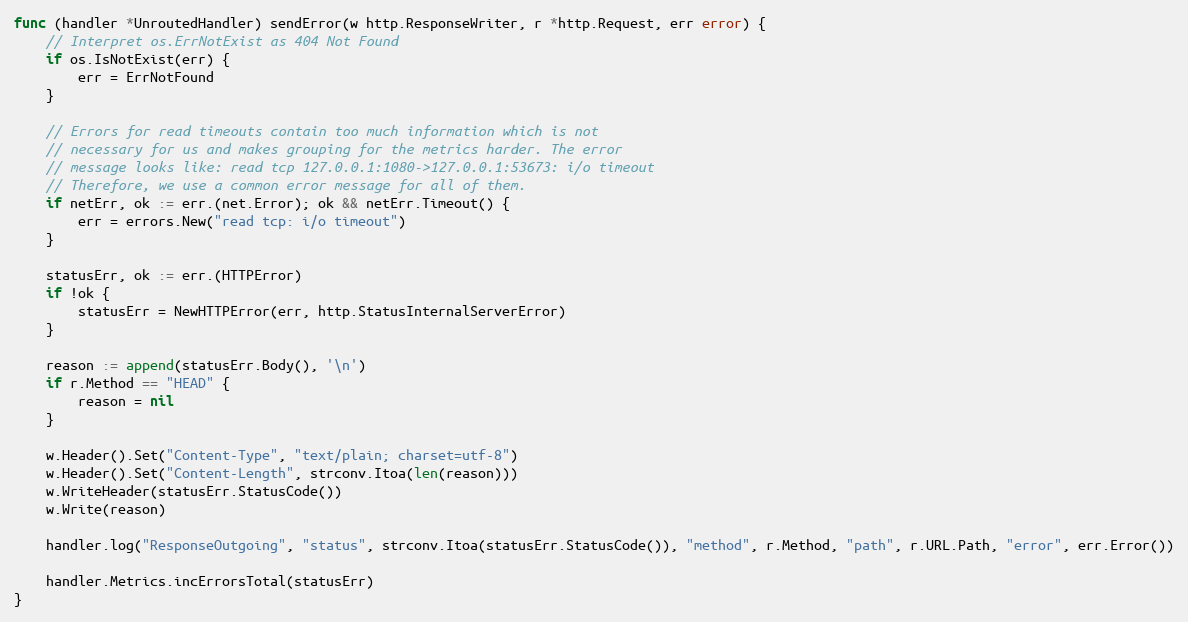
Language: Go
func (handler *UnroutedHandler) sendError(w http.ResponseWriter, r *http.Request, err error) {
	// Interpret os.ErrNotExist as 404 Not Found
	if os.IsNotExist(err) {
		err = ErrNotFound
	}

	// Errors for read timeouts contain too much information which is not
	// necessary for us and makes grouping for the metrics harder. The error
	// message looks like: read tcp 127.0.0.1:1080->127.0.0.1:53673: i/o timeout
	// Therefore, we use a common error message for all of them.
	if netErr, ok := err.(net.Error); ok && netErr.Timeout() {
		err = errors.New("read tcp: i/o timeout")
	}

	statusErr, ok := err.(HTTPError)
	if !ok {
		statusErr = NewHTTPError(err, http.StatusInternalServerError)
	}

	reason := append(statusErr.Body(), '\n')
	if r.Method == "HEAD" {
		reason = nil
	}

	w.Header().Set("Content-Type", "text/plain; charset=utf-8")
	w.Header().Set("Content-Length", strconv.Itoa(len(reason)))
	w.WriteHeader(statusErr.StatusCode())
	w.Write(reason)

	handler.log("ResponseOutgoing", "status", strconv.Itoa(statusErr.StatusCode()), "method", r.Method, "path", r.URL.Path, "error", err.Error())

	handler.Metrics.incErrorsTotal(statusErr)
}